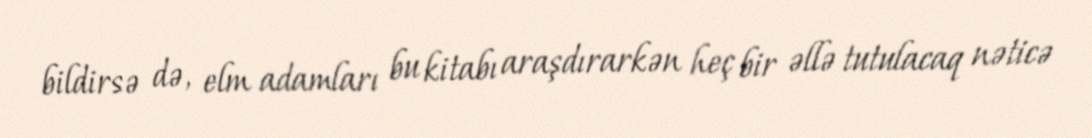
bildirsə də, elm adamları bu kitabı araşdırarkən heç bir əllə tutulacaq nəticə